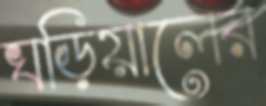
ঘড়িয়ালের